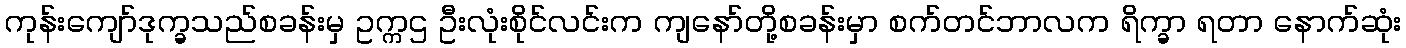
ကုန်းကျော်ဒုက္ခသည်စခန်းမှ ဥက္ကဌ ဦးလုံးစိုင်လင်းက ကျနော်တို့စခန်းမှာ စက်တင်ဘာလက ရိက္ခာ ရတာ နောက်ဆုံး